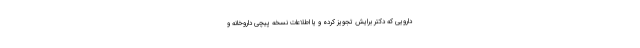
دارویی که دکتر برایش تجویز کرده و یا اطلاعات نسخه پیچی داروخانه و